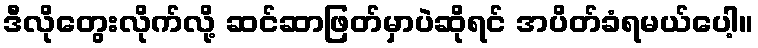
ဒီလိုတွေးလိုက်လို့ ဆင်ဆာဖြတ်မှာပဲဆိုရင် အပိတ်ခံရမယ်ပေါ့။